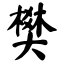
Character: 樊